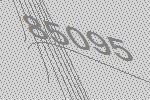
85095